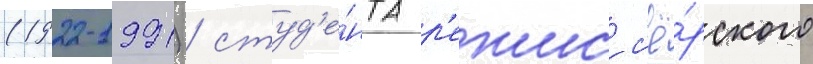
(1922-1991) / студ'е́нта р'ежисс'ё́рского